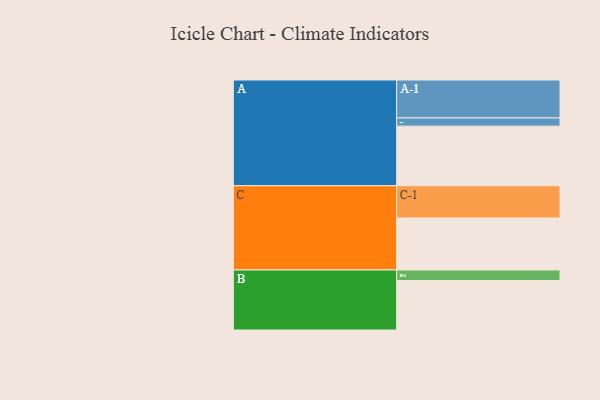
{"axis": {"x": "Segment", "y": "Value"}, "legend": ["", "A", "B", "C"], "data": [{"x": "A", "y": 434, "type": ""}, {"x": "B", "y": 360, "type": ""}, {"x": "C", "y": 379, "type": ""}, {"x": "A-1", "y": 276, "type": "A"}, {"x": "A-2", "y": 60, "type": "A"}, {"x": "B-1", "y": 77, "type": "B"}, {"x": "C-1", "y": 234, "type": "C"}]}